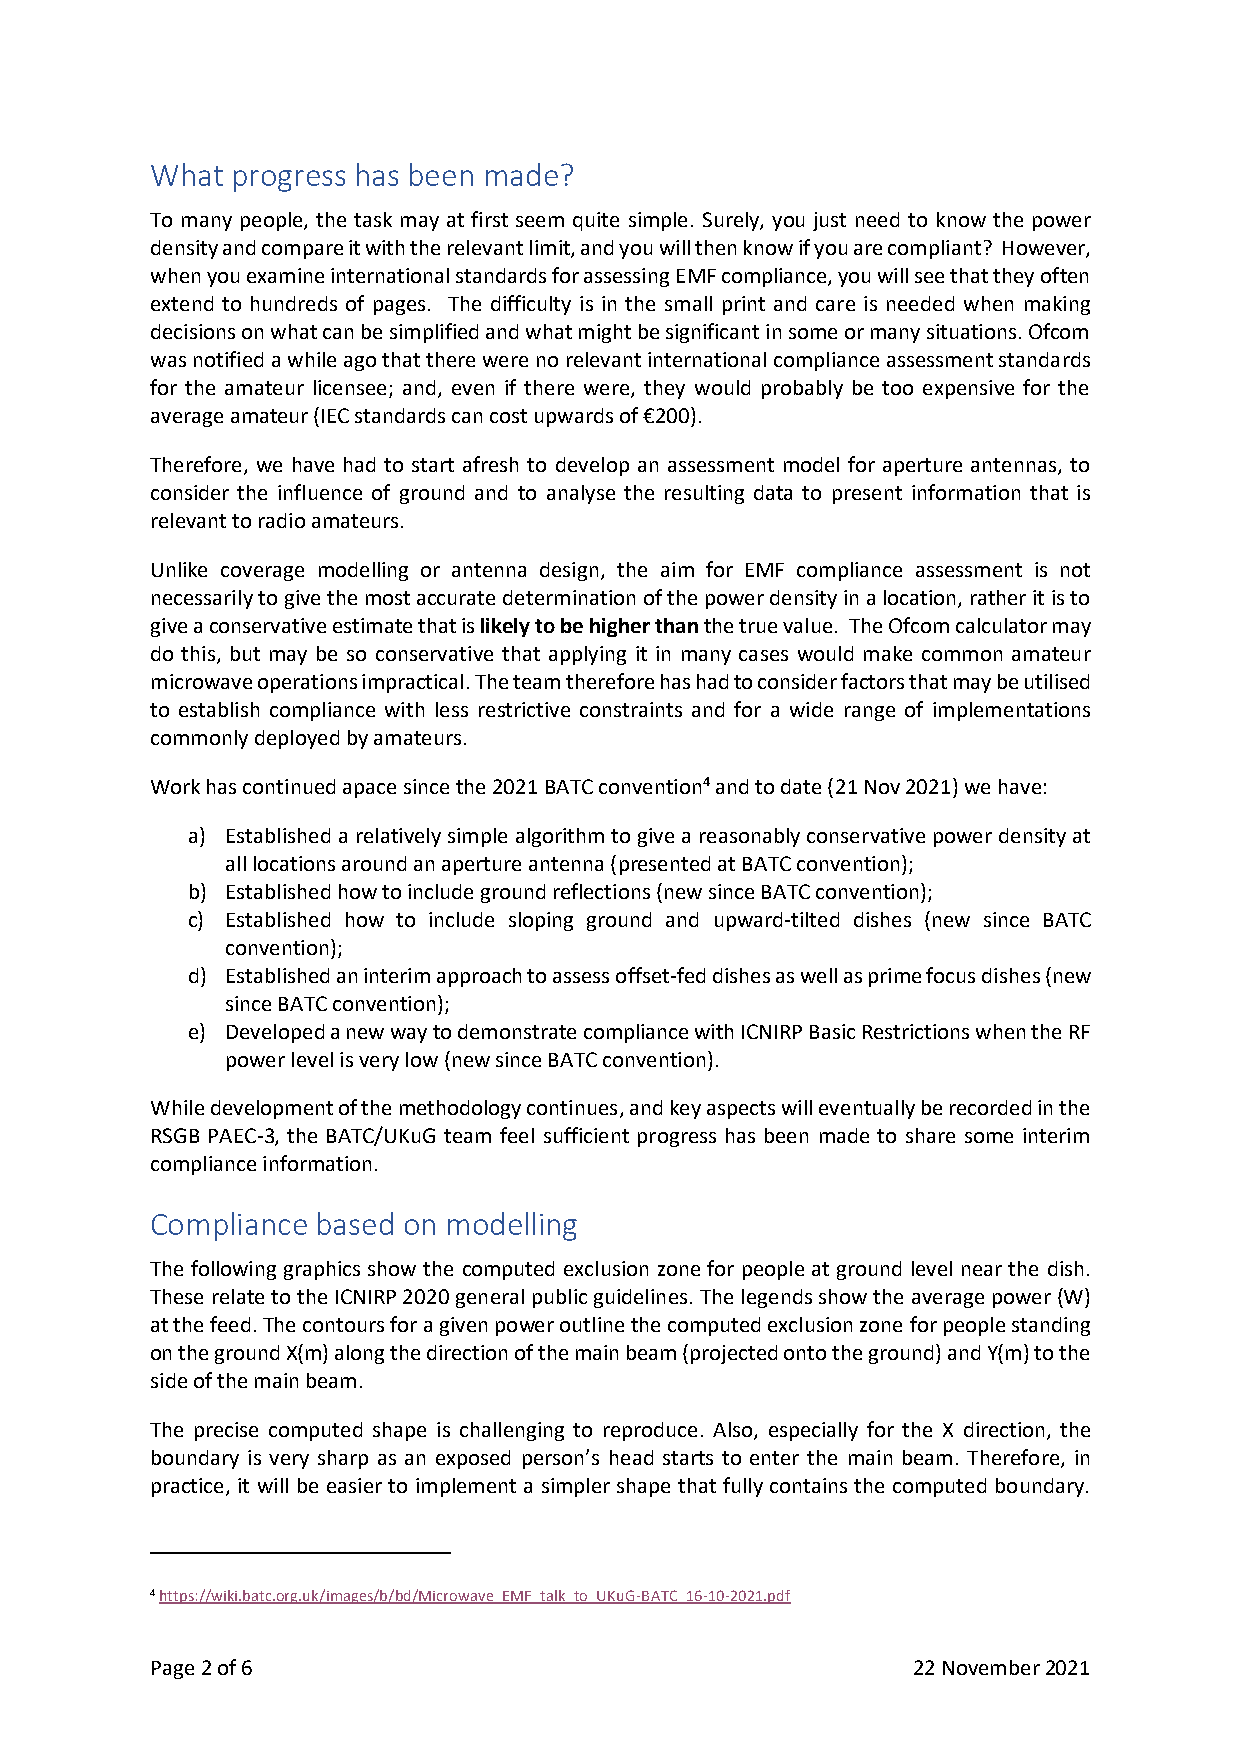
What progress has been made?
 To many people, the task may at first seem quite simple. Surely, you just need to know the power
 density and compare it with the relevant limit, and you will then know if you are compliant? However,
 when you examine international standards for assessing EMF compliance, you will see that they often
 extend to hundreds of pages. The difficulty is in the small print and care is needed when making
 decisions on what can be simplified and what might be significant in some or many situations. Ofcom
 was notified a while ago that there were no relevant international compliance assessment standards
 for the amateur licensee; and, even if there were, they would probably be too expensive for the
 average amateur (IEC standards can cost upwards of €200).
 Therefore, we have had to start afresh to develop an assessment model for aperture antennas, to
 consider the influence of ground and to analyse the resulting data to present information that is
 relevant to radio amateurs.
 Unlike coverage modelling or antenna design, the aim for EMF compliance assessment is not
 necessarily to give the most accurate determination of the power density in a location, rather it is to
 give a conservative estimate that is likely to be higher than the true value. The Ofcom calculator may
 do this, but may be so conservative that applying it in many cases would make common amateur
 microwave operations impractical. The team therefore has had to consider factors that may be utilised
 to establish compliance with less restrictive constraints and for a wide range of implementations
 commonly deployed by amateurs.
 Work has continued apace since the 2021 BATC convention4 and to date (21 Nov 2021) we have:
 a) Established a relatively simple algorithm to give a reasonably conservative power density at
 all locations around an aperture antenna (presented at BATC convention);
 b) Established how to include ground reflections (new since BATC convention);
 c) Established how to include sloping ground and upward-tilted dishes (new since BATC
 convention);
 d) Established an interim approach to assess offset-fed dishes as well as prime focus dishes (new
 since BATC convention);
 e) Developed a new way to demonstrate compliance with ICNIRP Basic Restrictions when the RF
 power level is very low (new since BATC convention).
 While development of the methodology continues, and key aspects will eventually be recorded in the
 RSGB PAEC-3, the BATC/UKuG team feel sufficient progress has been made to share some interim
 compliance information.
 Compliance based on modelling
 The following graphics show the computed exclusion zone for people at ground level near the dish.
 These relate to the ICNIRP 2020 general public guidelines. The legends show the average power (W)
 at the feed. The contours for a given power outline the computed exclusion zone for people standing
 on the ground X(m) along the direction of the main beam (projected onto the ground) and Y(m) to the
 side of the main beam.
 The precise computed shape is challenging to reproduce. Also, especially for the X direction, the
 boundary is very sharp as an exposed person’s head starts to enter the main beam. Therefore, in
 practice, it will be easier to implement a simpler shape that fully contains the computed boundary.
 4 https://wiki.batc.org.uk/images/b/bd/Microwave_EMF_talk_to_UKuG-BATC_16-10-2021.pdf
 Page 2 of 6                                       22 November 2021